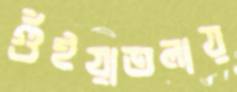
গুঁইয়াতলায়